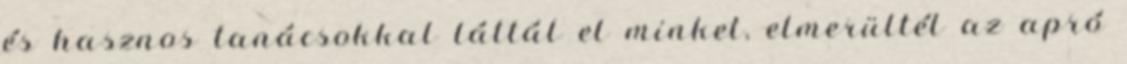
és hasznos tanácsokkal láttál el minket, elmerültél az apró